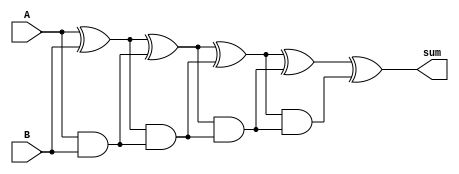
module brent_kung_adder (
    input [15:0] A,
    input [15:0] B,
    output [15:0] sum
);

reg [15:0] P [4:0];
reg [15:0] G [4:0];

assign P[0] = A ^ B;
assign G[0] = A & B;

assign P[1] = P[0] ^ G[0];
assign G[1] = P[0] & G[0];

assign P[2] = P[1] ^ G[1];
assign G[2] = P[1] & G[1];

assign P[3] = P[2] ^ G[2];
assign G[3] = P[2] & G[2];

assign P[4] = P[3] ^ G[3];
assign G[4] = P[3] & G[3];

assign sum = P[4];

endmodule